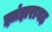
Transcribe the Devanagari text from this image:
झांझरागढ़